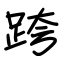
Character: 跨